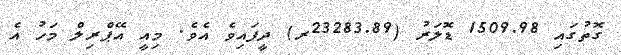
ގޮތުގައި 1509.98 ޑޮލަރު (23283.89ރ) ދީފައިވެ އެވެ. މިއީ އޭޕްރިލް މަހު އެ